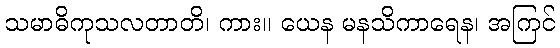
သမာဓိကုသလတာတိ၊ ကား။ ယေန မနသိကာရေန၊ အကြင်